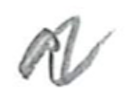
Text: a
Cross-out: zig-zag
Writing tool: pencil